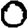
Digit: 0